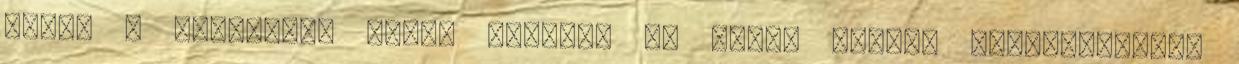
fogja a legjobban tudni vezetni az ilyen típusú munkálatokat.